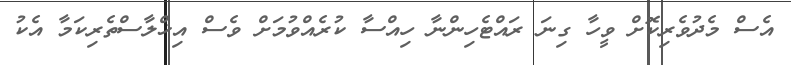
އެސް މެދުވެރިކޮށް ވީހާ ގިނަ ރައްޓެހިންނާ ހިއްސާ ކުރެއްވުމަށް ވެސް އިޚްލާސްތެރިކަމާ އެކު